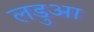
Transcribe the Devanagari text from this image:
लडुआ